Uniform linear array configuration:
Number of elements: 32
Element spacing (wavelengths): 0.25
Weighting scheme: exponential
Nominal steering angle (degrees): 60
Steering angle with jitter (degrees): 61.178
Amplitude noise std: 0.05
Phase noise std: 0.05

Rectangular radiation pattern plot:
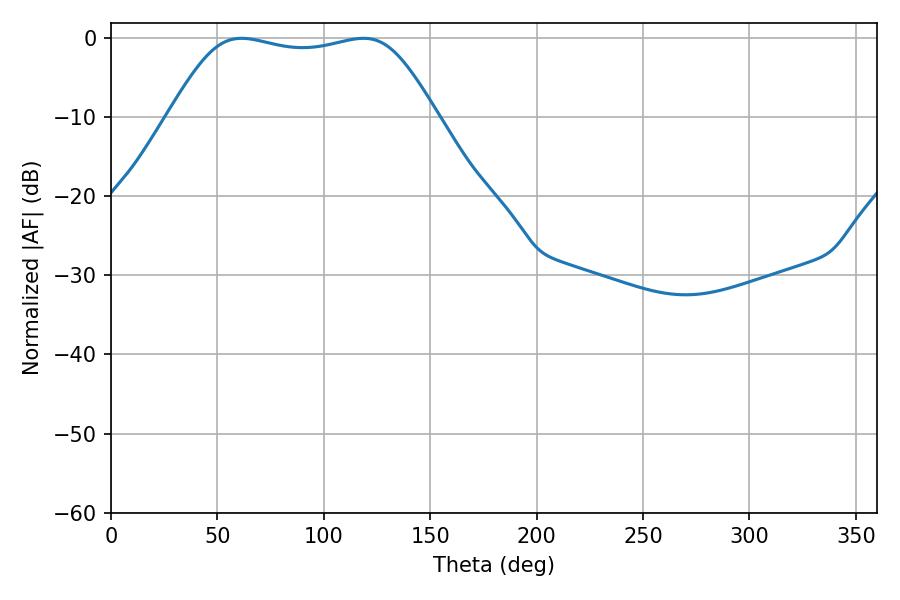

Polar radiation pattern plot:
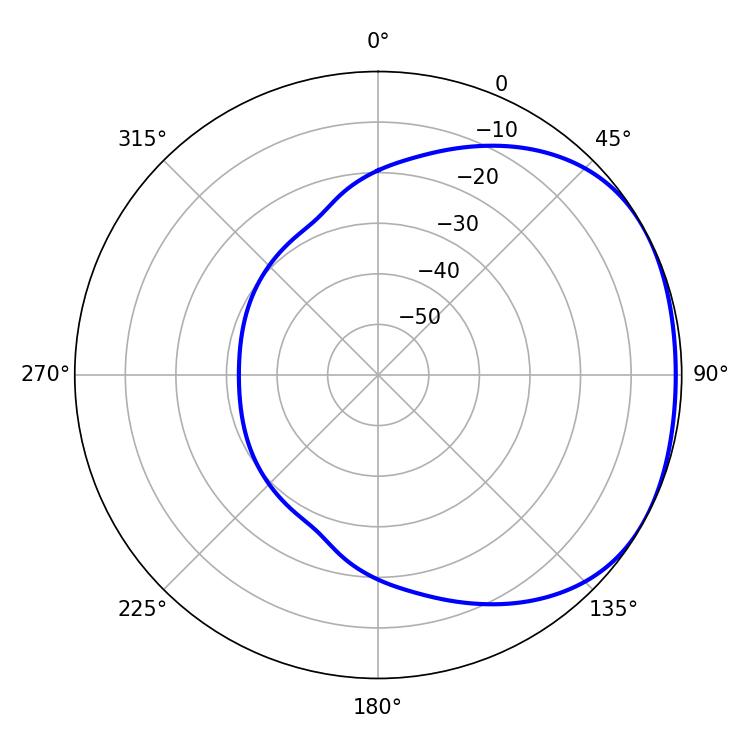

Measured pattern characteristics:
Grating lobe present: FALSE
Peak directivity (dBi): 1.682
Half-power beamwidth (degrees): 95.04
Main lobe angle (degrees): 61.38